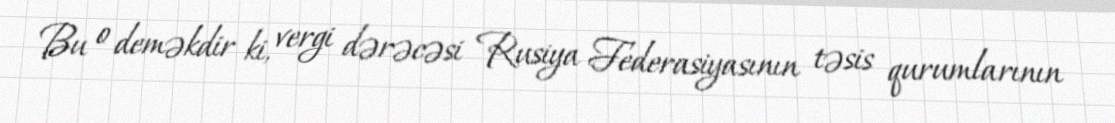
Bu o deməkdir ki, vergi dərəcəsi Rusiya Federasiyasının təsis qurumlarının